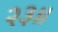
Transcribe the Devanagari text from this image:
२३॥